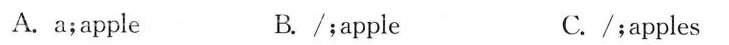
A. a;apple B./;apple C./;apples